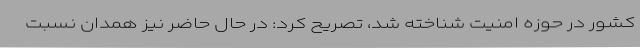
کشور در حوزه امنیت شناخته شد، تصریح کرد: در حال حاضر نیز همدان نسبت